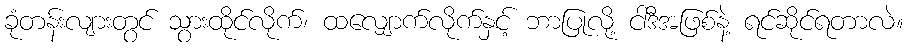
ခုံတန်းလျားတွင် သွားထိုင်လိုက်၊ ထလျှောက်လိုက်နှင့် ဘာပြုလို့ ငါဒီအဖြစ်နဲ့ ရင်ဆိုင်ရတာလဲ။